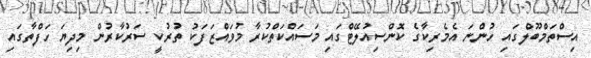
އިސްތަމްބޫލްގައި ހުންނަ އެމެރިކާގެ ކޮންސިއުލޭޓްގައި މަސައްކަތްކުރާ މުވައްޒަފަކު ތުރުކީ ސަރުކާރުން މިދިޔަ ހަފްތާގައި